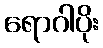
ရောဂါပိုး